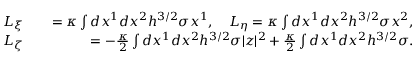
\begin{array} { r l r } { L _ { \xi } } & { { } } & { = \kappa \int d x ^ { 1 } d x ^ { 2 } h ^ { 3 / 2 } \sigma x ^ { 1 } , \quad L _ { \eta } = \kappa \int d x ^ { 1 } d x ^ { 2 } h ^ { 3 / 2 } \sigma x ^ { 2 } , } \\ { L _ { \zeta } } & { { } } & { = - \frac { \kappa } { 2 } \int d x ^ { 1 } d x ^ { 2 } h ^ { 3 / 2 } \sigma | z | ^ { 2 } + \frac { \kappa } { 2 } \int d x ^ { 1 } d x ^ { 2 } h ^ { 3 / 2 } \sigma . } \end{array}